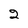
Character: 2